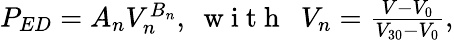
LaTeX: \begin{array}{r}{P_{ED}=A_{n}V_{n}^{B_{n}},~\mathrm{~w~i~t~h~}~~V_{n}=\frac{V-V_{0}}{V_{30}-V_{0}},}\end{array}